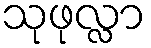
သုဖုလ္လာ